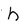
Character: h